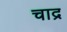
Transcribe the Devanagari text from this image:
चाद्र